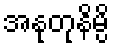
အနုတုနိမ္ပိ